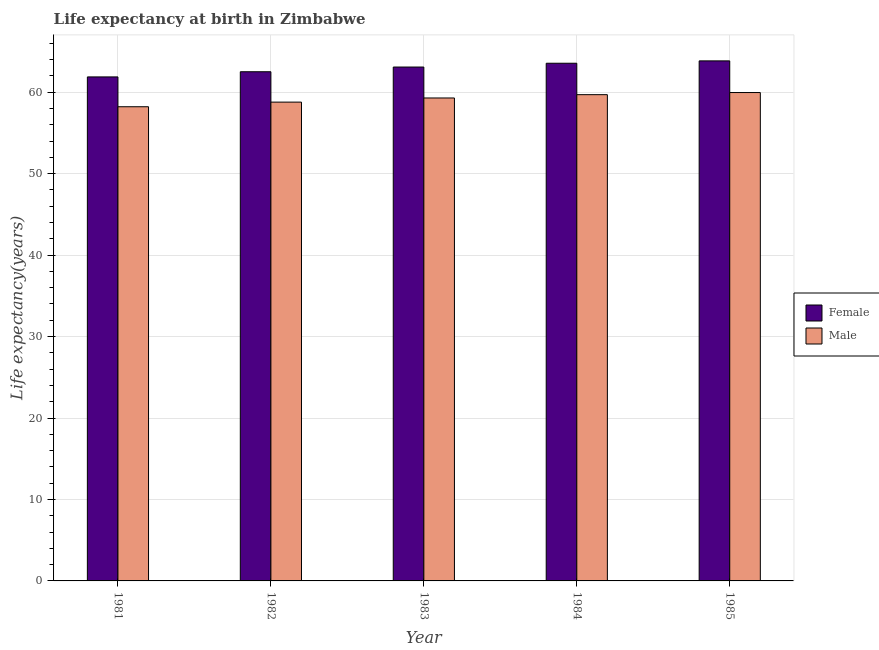
| Year | Female | Male |
 | --- | --- | --- |
 | 1981 | 61.9 | 58.2 |
 | 1982 | 62.5 | 58.8 |
 | 1983 | 63.1 | 59.3 |
 | 1984 | 63.6 | 59.7 |
 | 1985 | 63.9 | 60 |